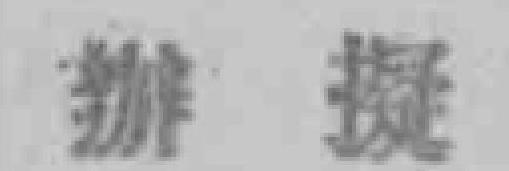
辦擬